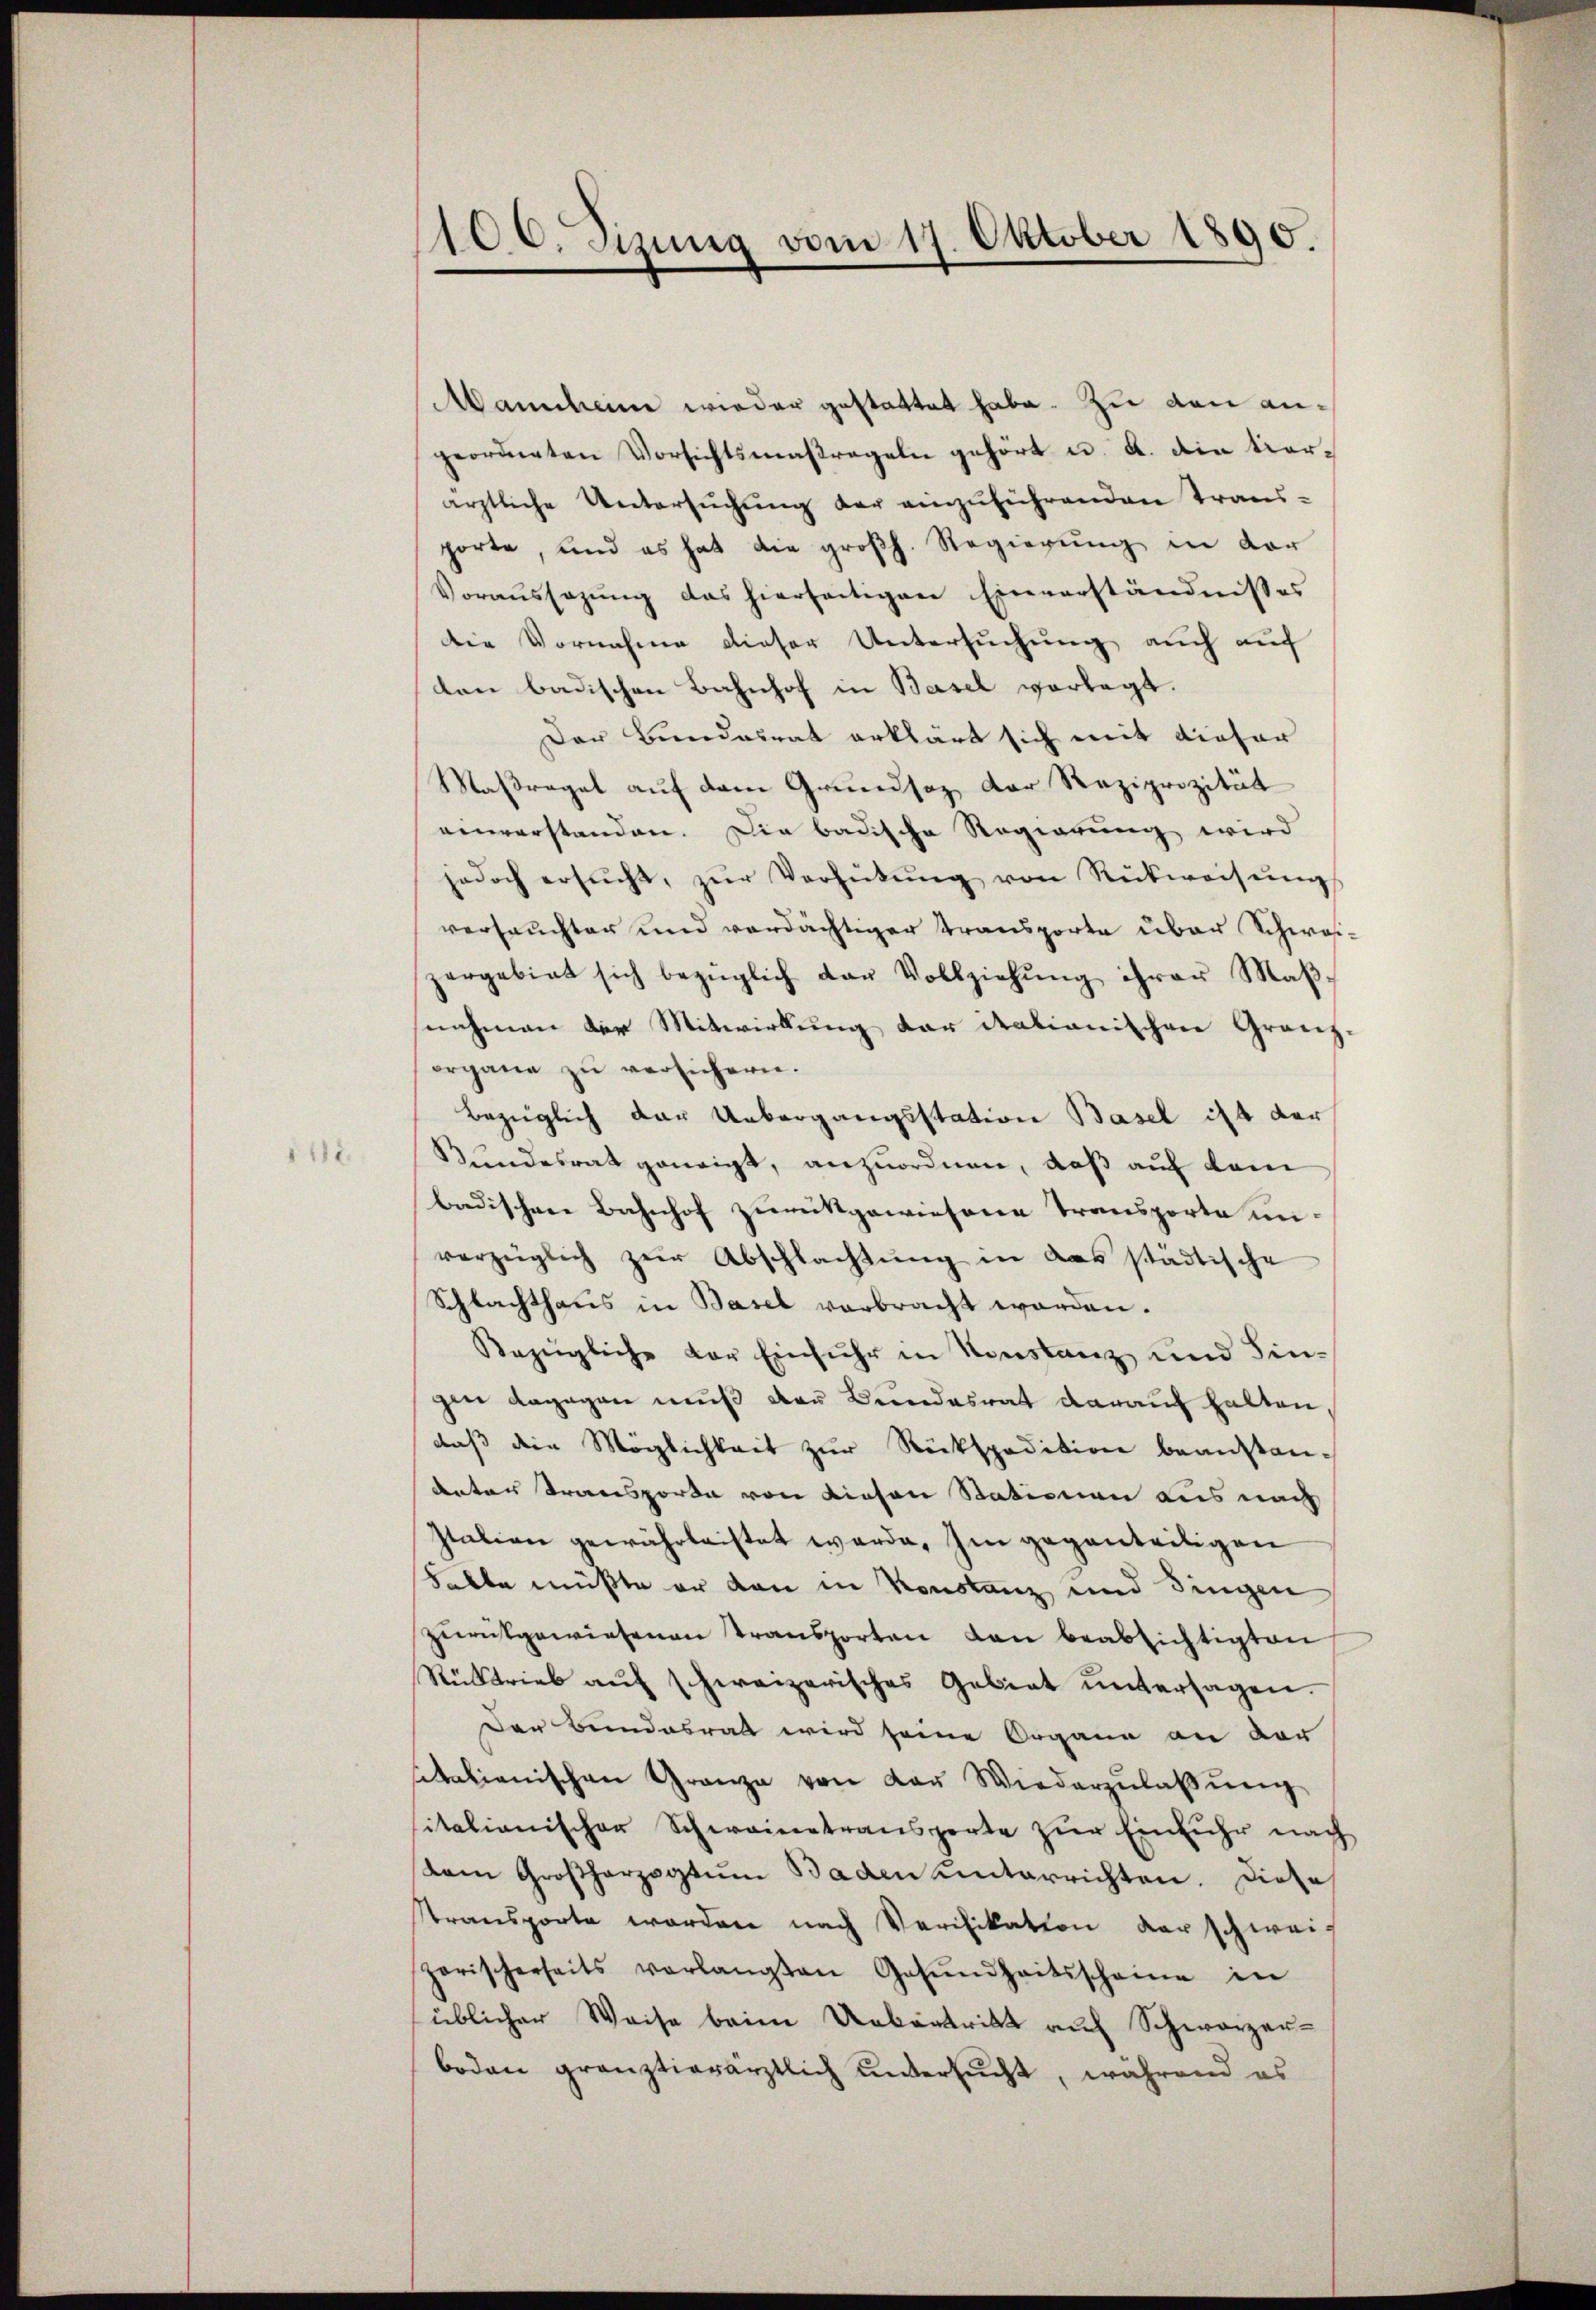
12.

100. Sizung vom 17. Oktober 1890.

Mannheime wieder gestattet habe. Zu den angeordneten Vorsichtsmaßregeln gehört u. a. die vorärztliche Untersuchung der einzuführenden Transporte, und es hat die groβh. Regierŭng in der
Voraussezung das hierseitigen Einverständnißes
Die Vornahme dieser Untersuchung auch auf
dan badischen Bahnhof in Basel vorlagt.
Der Bundesrat erklärt sich mit dieser
Maßregel auf dem Grundsaz der Reziprizität
einverstanden. Die badische Regierung wird
jedoch ersŭcht, zŭr Verhütŭng von Rückweisŭng
verseuchter und verdächtiger Transporte über Schweizergebiet sich bezüglich der Vollziehŭng ihrer Maβ-
nahmen der Mitwirkung der italianischen Granz-
organe zŭ versichern.
bezüglich dar Uebergangsstation Basel ist der
Bundesrat geneigt, anzuordnen, daß auf dem
badischen Bahnhof zurückgewiesene Transporte unvorzüglich zŭr Abschlachtŭng in das städtische
Schlachthaus in Basel verbracht worden.
Bezügliche der Einfuhr in Sonstanz und Singen dagegen muß der Bundesrat darauf halten,
daß die Möglichkeit zŭr Rückspedition beanstandnter Transporte von diesen Stationen aus nach
Itation gewährleistet werde. Im gegenteiligen
Falte müßte er dan in Konstanz und dingen
zŭrückgewiesenen Transporten den beabsichtigten
Rücktrieb auf schweizerisches Gebiet untersagen.
Der Bundesrat wird seine Organe an der
sitalienischen Granze von der Wiederzŭlaβŭng
sitalianischer Schwanetransporte zur Einfuhr nach
dam Großherzogtum Baden unterrichten. Diese
stransporte worden nach Verifikation vorschweis
zarischerseits verlangten Gesŭndheitsscheine in
üblicher Weise beim Uebertritt auf Schwarzer-
boden gränztierärztlich untersucht, während es